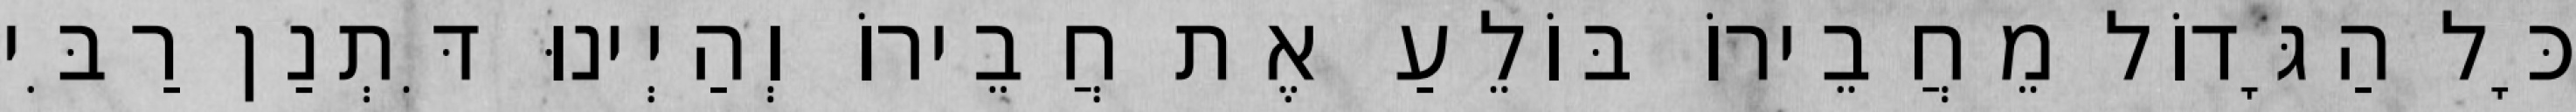
כָּל הַגָּדוֹל מֵחֲבֵירוֹ בּוֹלֵעַ אֶת חֲבֵירוֹ וְהַיְינוּ דִּתְנַן רַבִּי